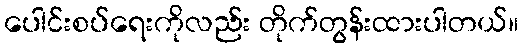
ပေါင်းစပ်ရေးကိုလည်း တိုက်တွန်းထားပါတယ်။